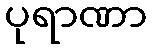
ပုရာဏာ